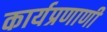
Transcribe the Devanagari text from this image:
कार्यप्रणाणी